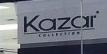
kazar